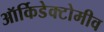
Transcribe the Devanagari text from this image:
ऑर्किडेक्टोमीव